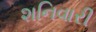
શનિવારી